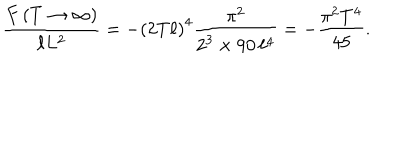
LaTeX: \frac { F \left( T \to \infty \right) } { \ell L ^ { 2 } } = - \left( 2 T \ell \right) ^ { 4 } \frac { \pi ^ { 2 } } { 2 ^ { 3 } \times 9 0 \, \ell ^ { 4 } } = - \frac { \pi ^ { 2 } T ^ { 4 } } { 4 5 } .